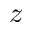
z